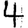
Digit: 4